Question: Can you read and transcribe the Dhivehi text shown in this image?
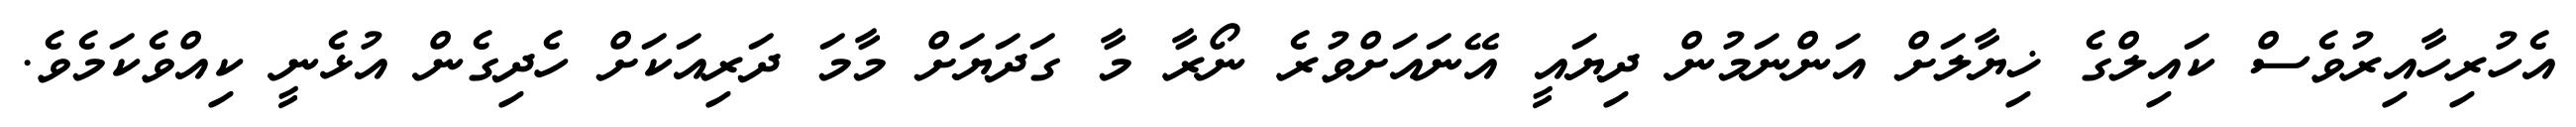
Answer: އެހުރިހާއިރުވެސް ކައިލްގެ ޚިޔާލަށް އަންނަމުން ދިޔައީ އޭނައަށްވުރެ ނޯރާ މާ ގަދަޔަށް މާމަ ދަރިއަކަށް ހެދިގެން އުޅެނީ ކިއްވެކަމެވެ.